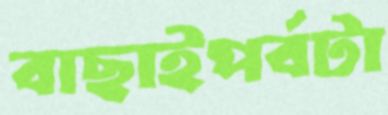
বাছাইপর্বটা